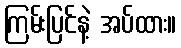
ကြမ်းပြင်နဲ့ အပ်ထား။